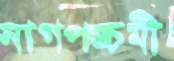
নাগপঙ্চমী